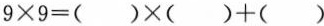
9\times 9=( )\times ( )+( )$$